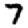
Digit: 7